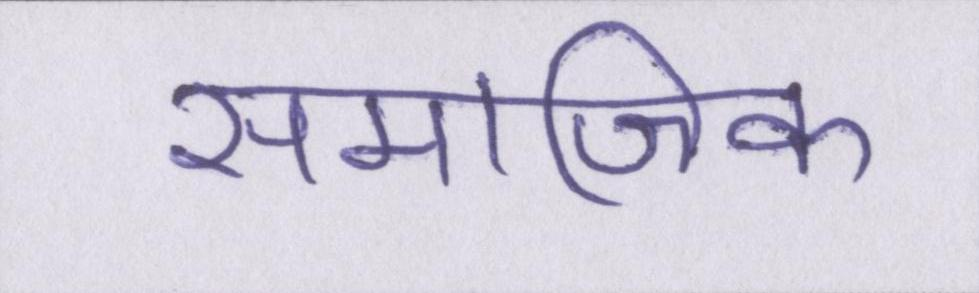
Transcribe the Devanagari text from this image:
समाजिक